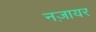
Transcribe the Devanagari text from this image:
नज़ायर